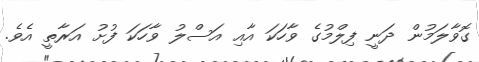
ގޮވާލަމުން ދަނީ ފިލްމުގެ ވާހަކަ އާއި އަސްލު ވާހަކަ ފުށު އަރާތީ އެވެ.